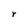
Character: Y